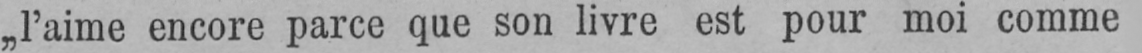
„l’aime encore parce que son livre est pour moi comme